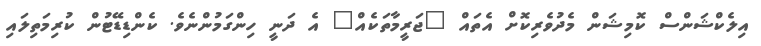
އިލެކްޝަންސް ކޮމިޝަން މެދުވެރިކޮށް އެތައް "ޖަރީމާތަކެއް" އެ ދަނީ ހިންގަމުންނެވެ. ކެންޑިޑޭޓުން ކުރިމަތިލައި